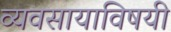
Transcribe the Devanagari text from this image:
व्यवसायाविषयी